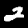
Digit: 2